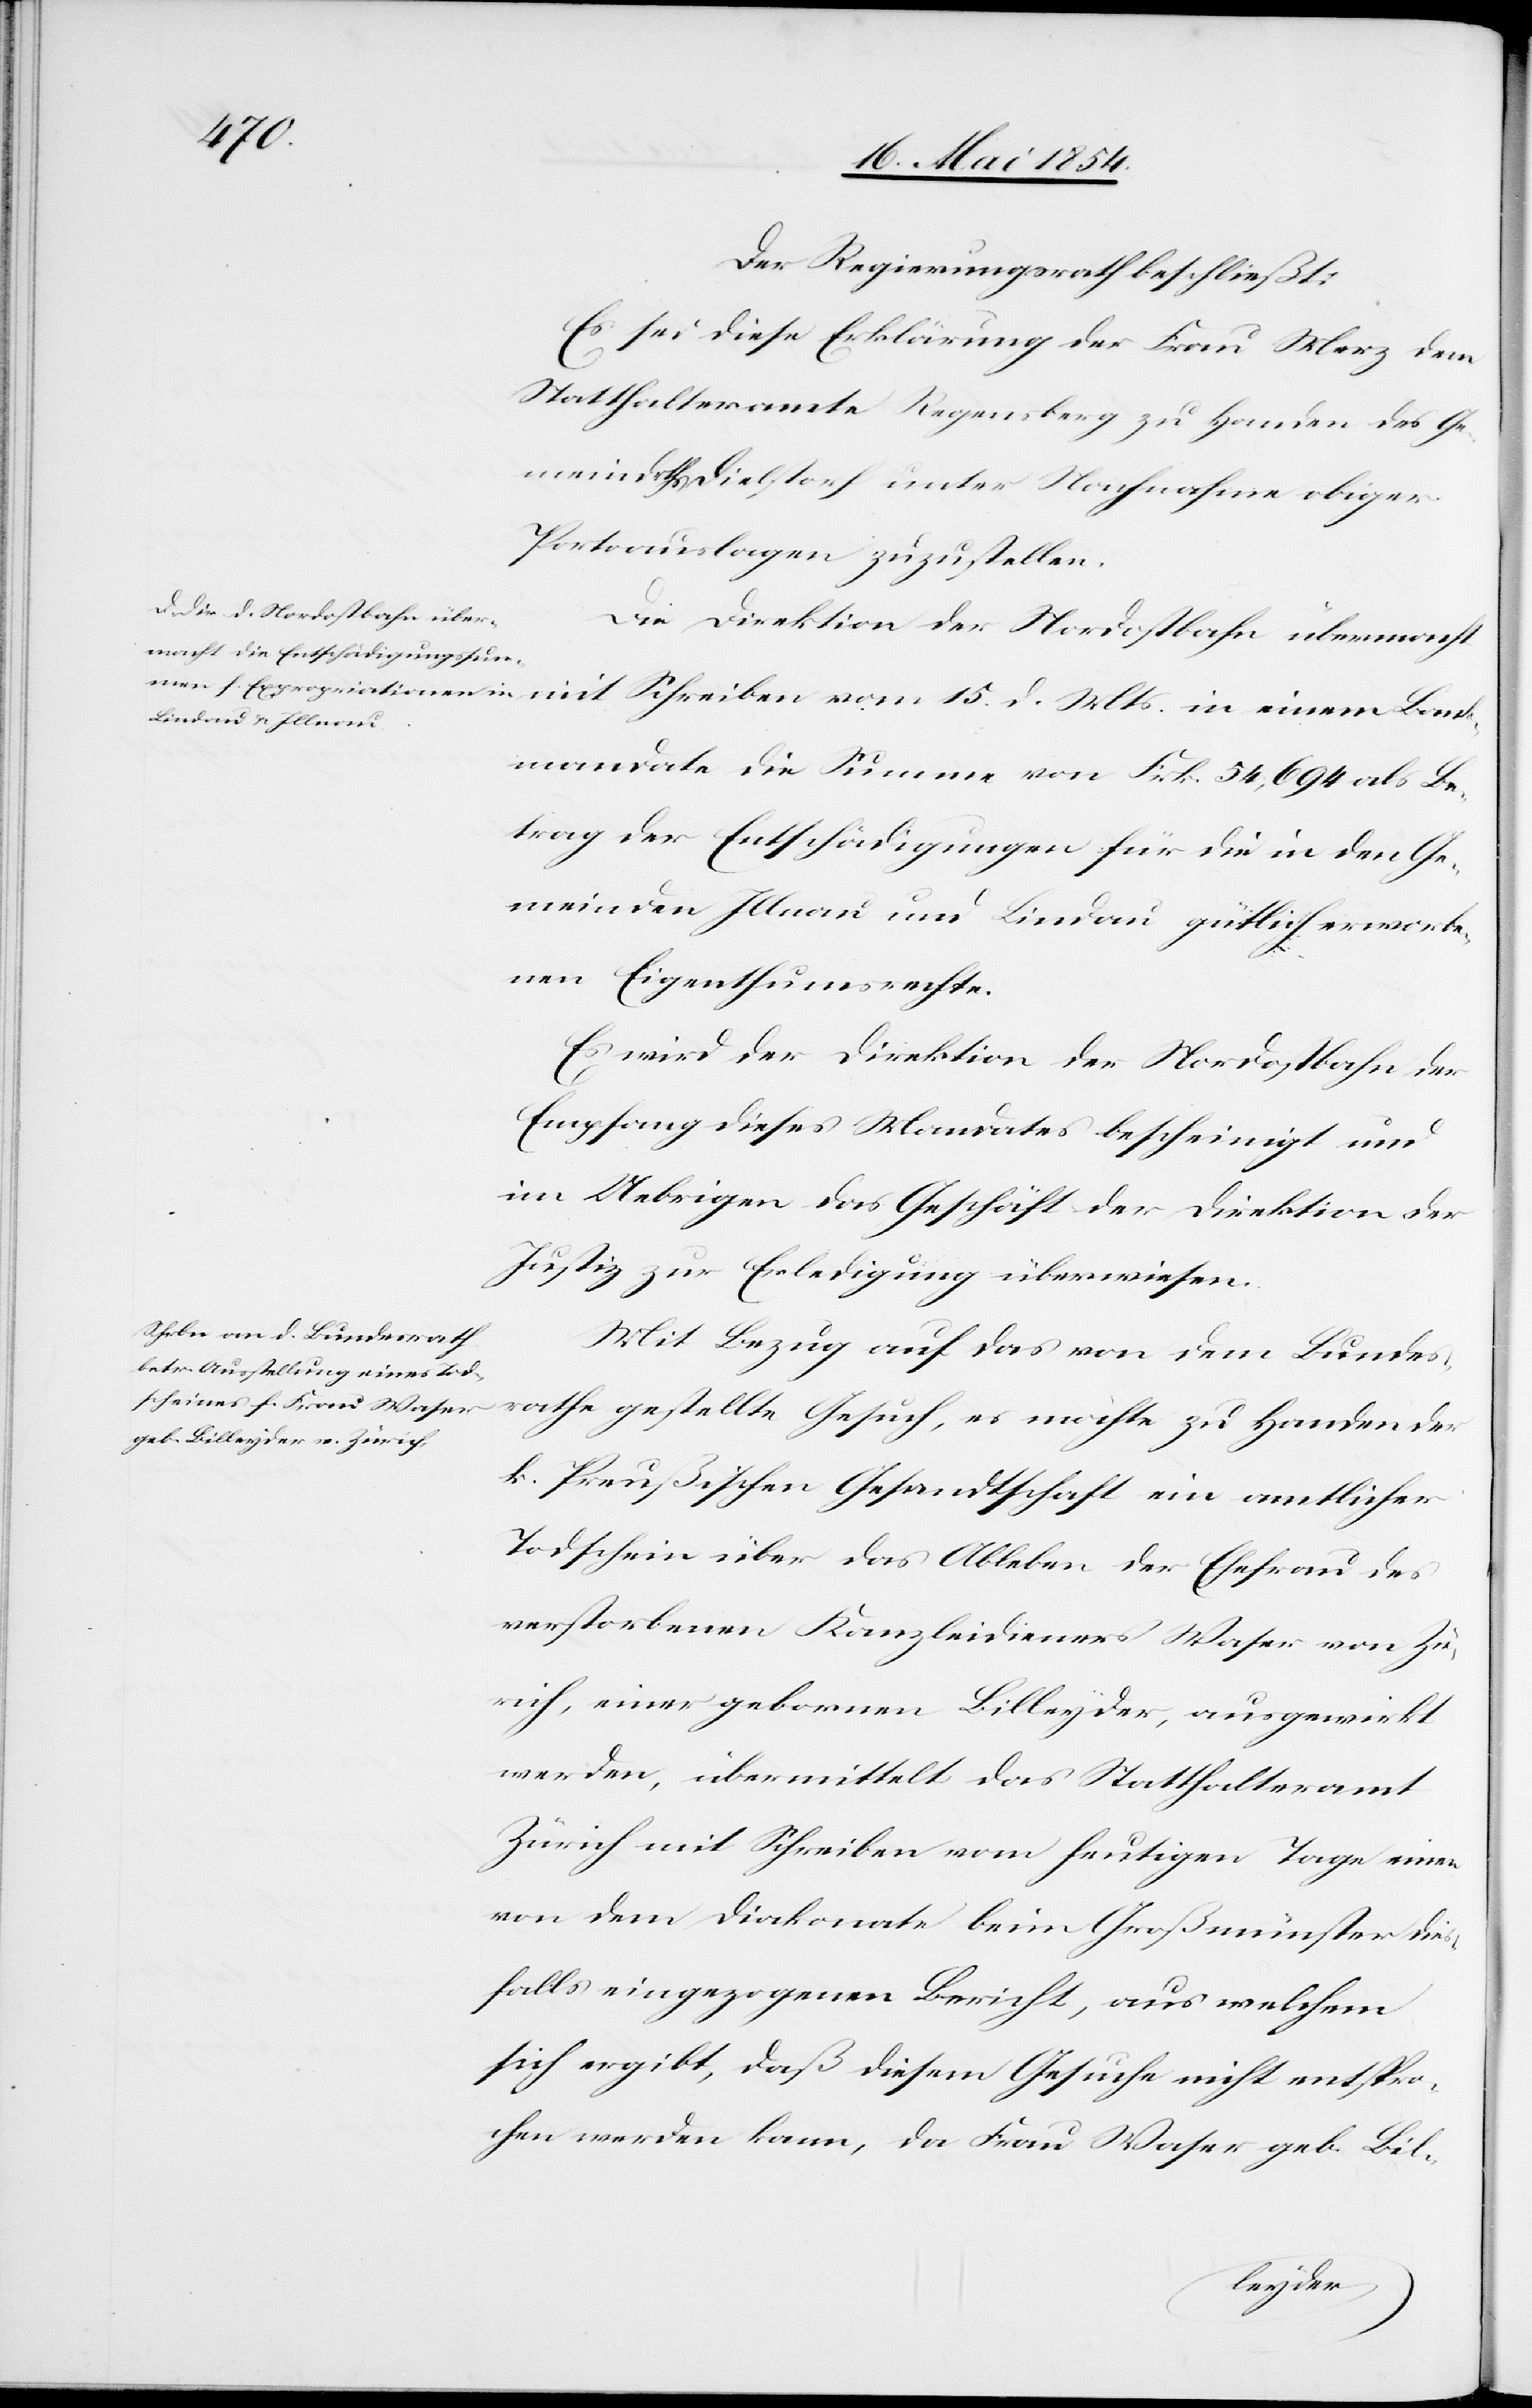
Der Regierungsrath beschließt:
Es sei diese Erklärung der Frau Merz dem
Statthalteramte Regensberg zu Handen des Ge¬
meindraths Dielstorf unter Nachnahme obiger
Portoauslagen zuzustellen.
Die Direktion der Nordostbahn übermacht
in einem Bank¬
mandate die Summe von Frk. 54,694 als Be¬
trag der Entschädigungen für die in den Ge¬
meinden Illnau und Lindau gütlich erworbe¬
nen Eigenthumsrechte.
Es wird der Direktion der Nordostbahn der
Empfang dieses Mandates bescheinigt und
im Uebrigen das Geschäft der Direktion der
Justiz zur Erledigung überwiesen.
Mit Bezug auf das von dem Bundes¬
rathe gestellte Gesuch, es möchte zu Handen der
k. Preußischen Gesandtschaft ein amtlicher
Todschein über das Ableben der Ehefrau des
verstorbenen Kanzleidieners Waser von Zü¬
rich, einer gebornen Billeyder, ausgewirkt
werden, übermittelt das Statthalteramt
Zürich mit Schreiben vom heutigen Tage einen
von dem Diakonate beim Großmünster dieß¬
falls eingezogenen Bericht, aus welchem
sich ergibt, daß diesem Gesuche nicht entspro¬
chen werden kann, da Frau Waser geb. Bil-